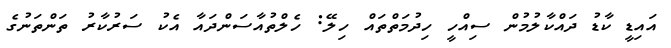
އައިޑީ ކާޑު ދައްކާލުމުން ސިއްހީ ހިދުމަތްތައް ހިލޭ: ހެލްތުއާސަންދައާ އެކު ސަރުކާރު ތަންތަނުގެ